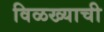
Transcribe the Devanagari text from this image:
विळख्याची